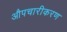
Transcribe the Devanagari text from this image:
औपचारीकरण